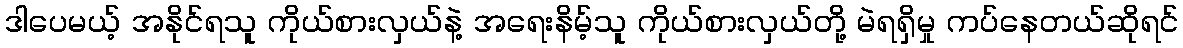
ဒါပေမယ့် အနိုင်ရသူ ကိုယ်စားလှယ်နဲ့ အရေးနိမ့်သူ ကိုယ်စားလှယ်တို့ မဲရရှိမှု ကပ်နေတယ်ဆိုရင်